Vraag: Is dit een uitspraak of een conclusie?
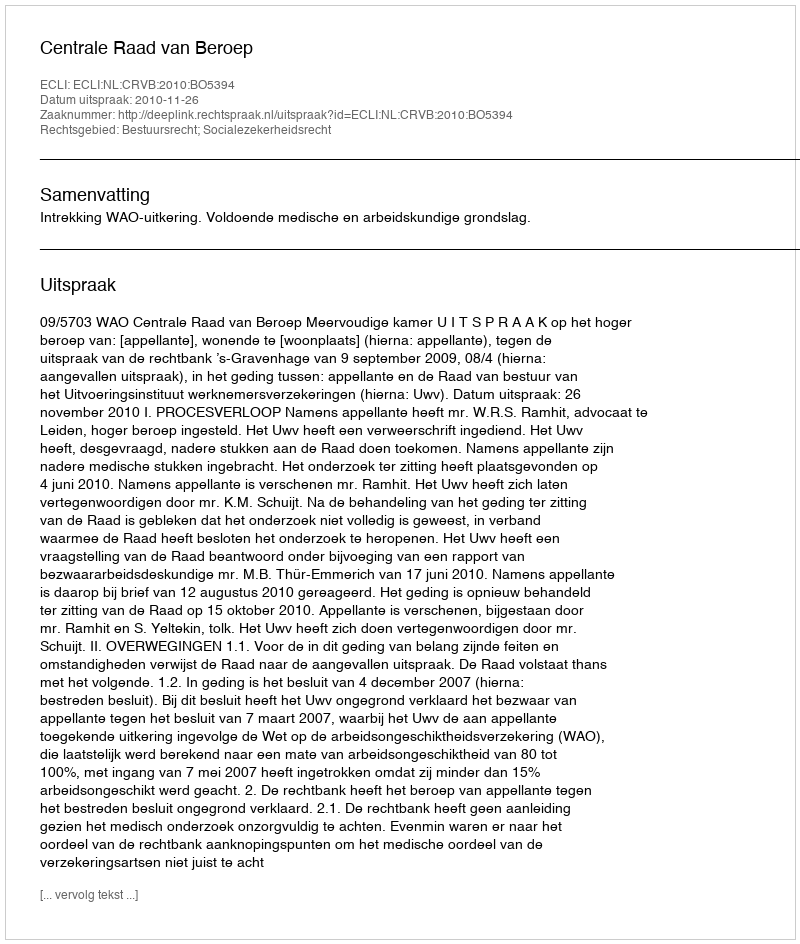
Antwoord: Uitspraak